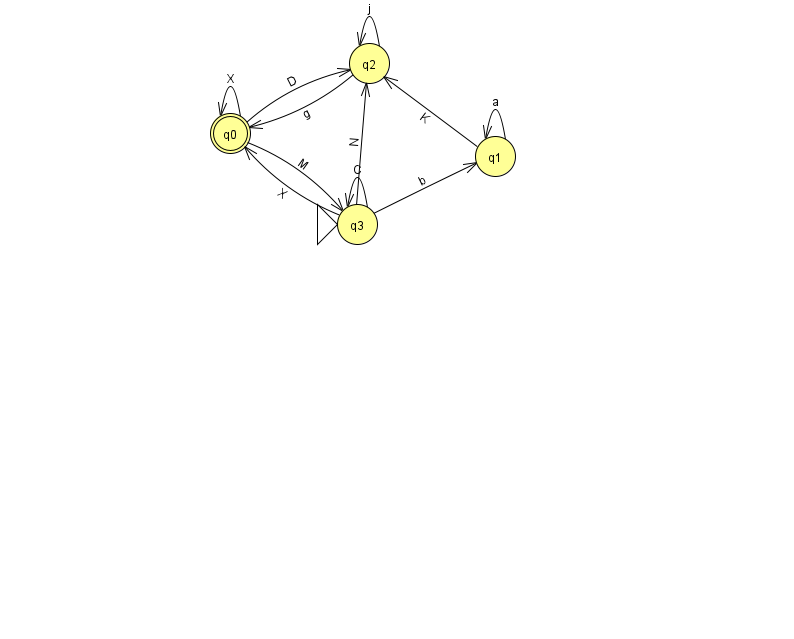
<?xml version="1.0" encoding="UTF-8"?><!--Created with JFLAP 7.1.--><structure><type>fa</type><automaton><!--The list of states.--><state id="0" name="q0"><x>230.0</x><y>120.0</y><final/></state><state id="1" name="q1"><x>495.0</x><y>143.0</y></state><state id="2" name="q2"><x>369.0</x><y>50.0</y></state><state id="3" name="q3"><x>357.0</x><y>211.0</y><initial/></state><!--The list of transitions.--><transition><from>1</from><to>1</to><read>a</read></transition><transition><from>0</from><to>3</to><read>M</read></transition><transition><from>1</from><to>2</to><read>K</read></transition><transition><from>3</from><to>3</to><read>C</read></transition><transition><from>3</from><to>0</to><read>X</read></transition><transition><from>0</from><to>0</to><read>X</read></transition><transition><from>2</from><to>0</to><read>g</read></transition><transition><from>2</from><to>2</to><read>j</read></transition><transition><from>0</from><to>2</to><read>D</read></transition><transition><from>3</from><to>1</to><read>b</read></transition><transition><from>3</from><to>2</to><read>N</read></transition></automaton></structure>